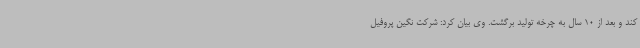
کند و بعد از 10 سال به چرخه تولید برگشت. وی بیان کرد: شرکت نگین پروفیل